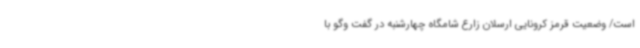
است/ وضعیت قرمز کرونایی ارسلان زارع شامگاه چهارشنبه در گفت وگو با